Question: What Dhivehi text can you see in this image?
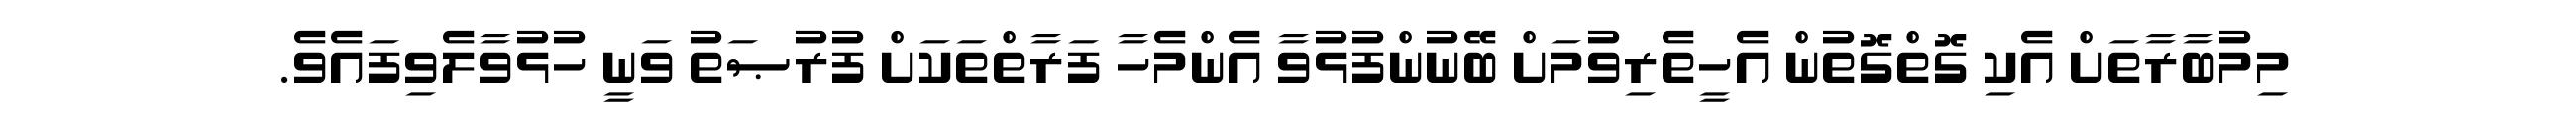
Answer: މިމުބާރާތަށް އެކި ގޮތްގޮތުން އެހީތެރިވުމަށް ބޭނުންފުޅުވާ އެންމެހާ ފަރާތްތަކަށް ފުރުޞަތު ވަނީ ހުޅުވާލެވިފައެވެ.